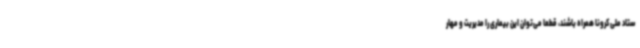
ستاد ملی کرونا همراه باشند، قطعا می‌توان این بیماری را مدیریت و مهار